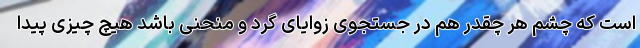
است که چشم هر چقدر هم در جستجوی زوایای گرد و منحنی باشد هیچ چیزی پیدا